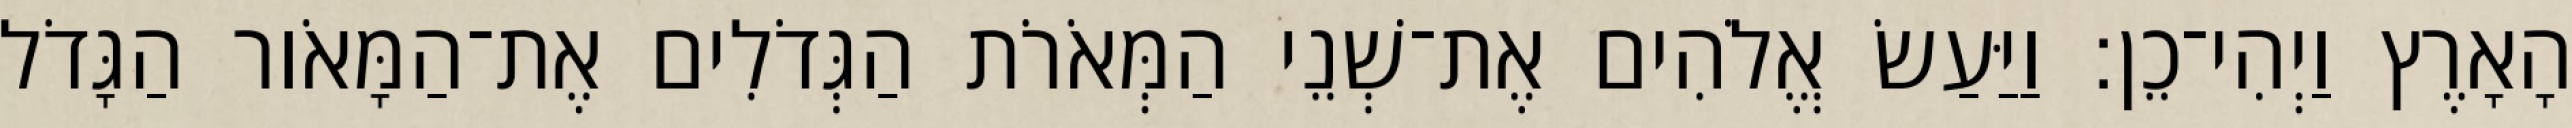
הָאָרֶץ וַיְהִי־כֵן׃ וַיַּעַשׂ אֱלֹהִים אֶת־שְׁנֵי הַמְּאֹרֹת הַגְּדֹלִים אֶת־הַמָּאֹור הַגָּדֹל